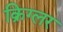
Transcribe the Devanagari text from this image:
क्रिग्लर